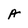
Character: A